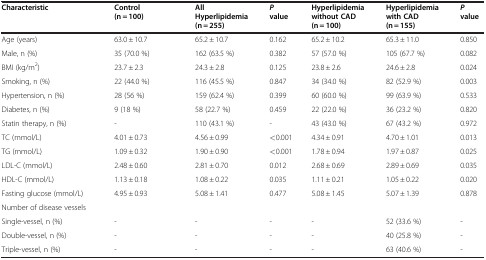
<table><thead><tr><td><b>Characteristic</b></td><td><b>Control (n = 100)</b></td><td><b>All Hyperlipidemia (n = 255)</b></td><td><b><i>P</i> value</b></td><td><b>Hyperlipidemia without CAD (n = 100)</b></td><td><b>Hyperlipidemia with CAD (n = 155)</b></td><td><b><i>P</i> value</b></td></tr></thead><tbody><tr><td>Age (years)</td><td>63.0 ± 10.7</td><td>65.2 ± 10.7</td><td>0.162</td><td>65.2 ± 10.2</td><td>65.3 ± 11.0</td><td>0.850</td></tr><tr><td>Male, n (%)</td><td>35 (70.0 %)</td><td>162 (63.5 %)</td><td>0.382</td><td>57 (57.0 %)</td><td>105 (67.7 %)</td><td>0.082</td></tr><tr><td>BMI (kg/m<sup>2</sup>)</td><td>23.7 ± 2.3</td><td>24.3 ± 2.8</td><td>0.125</td><td>23.8 ± 2.6</td><td>24.6 ± 2.8</td><td>0.024</td></tr><tr><td>Smoking, n (%)</td><td>22 (44.0 %)</td><td>116 (45.5 %)</td><td>0.847</td><td>34 (34.0 %)</td><td>82 (52.9 %)</td><td>0.003</td></tr><tr><td>Hypertension, n (%)</td><td>28 (56 %)</td><td>159 (62.4 %)</td><td>0.399</td><td>60 (60.0 %)</td><td>99 (63.9 %)</td><td>0.533</td></tr><tr><td>Diabetes, n (%)</td><td>9 (18 %)</td><td>58 (22.7 %)</td><td>0.459</td><td>22 (22.0 %)</td><td>36 (23.2 %)</td><td>0.820</td></tr><tr><td>Statin therapy, n (%)</td><td>-</td><td>110 (43.1 %)</td><td>-</td><td>43 (43.0 %)</td><td>67 (43.2 %)</td><td>0.972</td></tr><tr><td>TC (mmol/L)</td><td>4.01 ± 0.73</td><td>4.56 ± 0.99</td><td>&lt;0.001</td><td>4.34 ± 0.91</td><td>4.70 ± 1.01</td><td>0.013</td></tr><tr><td>TG (mmol/L)</td><td>1.09 ± 0.32</td><td>1.90 ± 0.90</td><td>&lt;0.001</td><td>1.78 ± 0.94</td><td>1.97 ± 0.87</td><td>0.025</td></tr><tr><td>LDL-C (mmol/L)</td><td>2.48 ± 0.60</td><td>2.81 ± 0.70</td><td>0.012</td><td>2.68 ± 0.69</td><td>2.89 ± 0.69</td><td>0.035</td></tr><tr><td>HDL-C (mmol/L)</td><td>1.13 ± 0.18</td><td>1.08 ± 0.22</td><td>0.035</td><td>1.11 ± 0.21</td><td>1.05 ± 0.22</td><td>0.020</td></tr><tr><td>Fasting glucose (mmol/L)</td><td>4.95 ± 0.93</td><td>5.08 ± 1.41</td><td>0.477</td><td>5.08 ± 1.45</td><td>5.07 ± 1.39</td><td>0.878</td></tr><tr><td>Number of disease vessels</td><td> </td><td> </td><td> </td><td> </td><td> </td><td> </td></tr><tr><td>Single-vessel, n (%)</td><td>-</td><td>-</td><td>-</td><td>-</td><td>52 (33.6 %)</td><td>-</td></tr><tr><td>Double-vessel, n (%)</td><td>-</td><td>-</td><td>-</td><td>-</td><td>40 (25.8 %)</td><td>-</td></tr><tr><td>Triple-vessel, n (%)</td><td>-</td><td>-</td><td>-</td><td>-</td><td>63 (40.6 %)</td><td>-</td></tr></tbody></table>